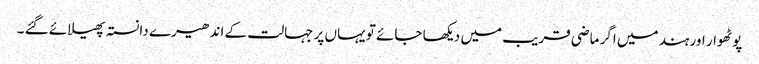
پوٹھوار اور ہند میں اگر ماضی قریب میں دیکھا جائے تو یہاں پر جہالت کے اندھیرے دانستہ پھیلائے گئے ۔